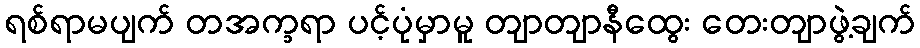
ရစ်ရာမပျက် တအက္ခရာ ပင့်ပုံမှာမူ တျာတျာနီထွေး တေးတျာဖွဲ့ချက်